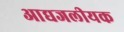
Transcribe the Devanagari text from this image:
आद्यजलीयक